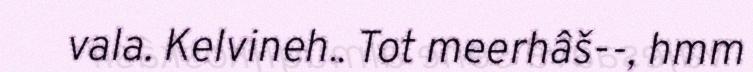
vala. Kelvineh.. Tot meerhâš--, hmm